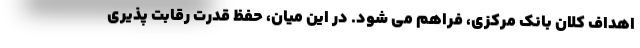
اهداف کلان بانک مرکزی، فراهم مى شود. در این میان، حفظ قدرت رقابت پذیری